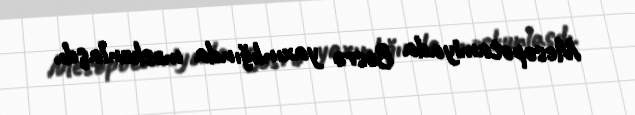
Mesopotamiyada Bəsrə yaxınlığında məskunlaşdı.